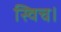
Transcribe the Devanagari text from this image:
स्विच।